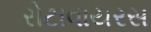
રોટાવાયરસ